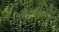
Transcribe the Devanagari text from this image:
बफादारी